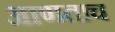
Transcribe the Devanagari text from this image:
आणताच